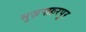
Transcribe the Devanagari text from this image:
मुज़फ्फ़रपुर